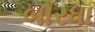
બોરધા